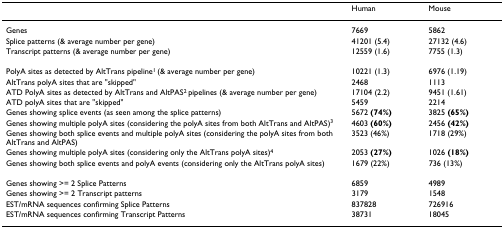
|  | Human | Mouse |
 | --- | --- | --- |
 | Genes | 7669 | 5862 |
 | Splice patterns (& average number per gene) | 41201 (5.4) | 27132 (4.6) |
 | Transcript patterns (& average number per gene) | 12559 (1.6) | 7755 (1.3) |
 | PolyA sites as detected by AltTrans pipeline1 (& average number per gene) | 10221 (1.3) | 6976 (1.19) |
 | AltTrans polyA sites that are "skipped" | 2468 | 1113 |
 | ATD PolyA sites as detected by AltTrans and AltPAS2 pipelines (& average number per gene) | 17104 (2.2) | 9451 (1.61) |
 | ATD polyA sites that are "skipped" | 5459 | 2214 |
 | Genes showing splice events (as seen among the splice patterns) | 5672 (74%) | 3825 (65%) |
 | Genes showing multiple polyA sites (considering the polyA sites from both AltTrans and AltPAS)3 | 4603 (60%) | 2456 (42%) |
 | Genes showing both splice events and multiple polyA sites (considering the polyA sites from both AltTrans and AltPAS) | 3523 (46%) | 1718 (29%) |
 | Genes showing multiple polyA sites (considering only the AltTrans polyA sites)4 | 2053 (27%) | 1026 (18%) |
 | Genes showing both splice events and polyA events (considering only the AltTrans polyA sites) | 1679 (22%) | 736 (13%) |
 | Genes showing >= 2 Splice Patterns | 6859 | 4989 |
 | Genes showing >= 2 Transcript patterns | 3179 | 1548 |
 | EST/mRNA sequences confirming Splice Patterns | 837828 | 726916 |
 | EST/mRNA sequences confirming Transcript Patterns | 38731 | 18045 |